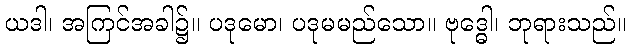
ယဒါ၊ အကြင်အခါ၌။ ပဒုမော၊ ပဒုမမည်သော။ ဗုဒ္ဓေါ၊ ဘုရားသည်။